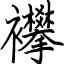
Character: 襻